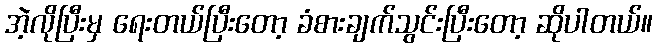
အဲ့လိုပြီးမှ ရေးတယ်ပြီးတော့ ခံစားချက်သွင်းပြီးတော့ ဆိုပါတယ်။